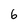
Character: 6